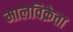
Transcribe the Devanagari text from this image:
मालविक्रेता